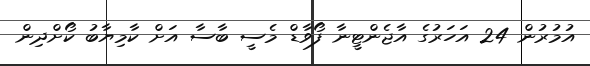
އުމުރުން 24 އަހަރުގެ އާޖެންޓީނާ ފޯވާޑް މެސީ ބާސާ އަށް ކާމިޔާބު ކޯށްދިން